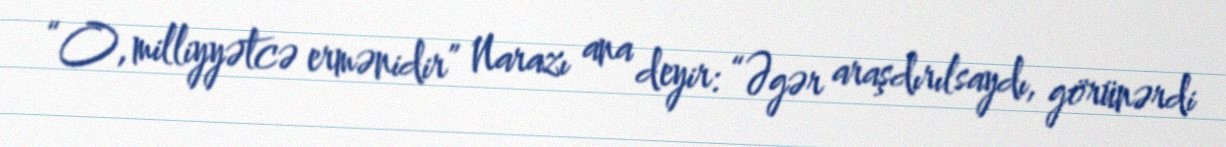
“O, milliyyətcə ermənidir” Narazı ana deyir: “Əgər araşdırılsaydı, görünərdi